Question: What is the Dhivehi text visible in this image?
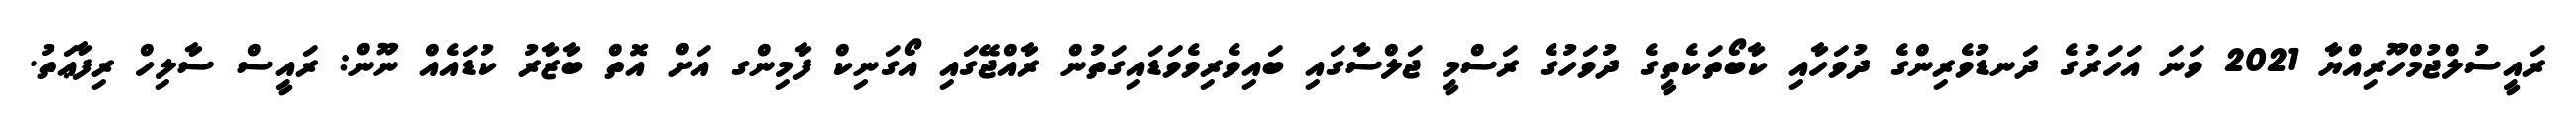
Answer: ރައީސުލްޖުމްހޫރިއްޔާ 2021 ވަނަ އަހަރުގެ ދަނޑުވެރިންގެ ދުވަހާއި ކާބޯތަކެތީގެ ދުވަހުގެ ރަސްމީ ޖަލްސާގައި ބައިވެރިވެވަޑައިގަތުން ރާއްޖޭގައި އޯގަނިކް ފާމިންގ އަށް އޮތް ބާޒާރު ކުޑައެއް ނޫން: ރައީސް ސާލިހް ރިފާޢަތު.